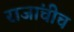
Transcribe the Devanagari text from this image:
राजांचीच